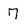
Character: 7